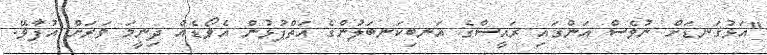
"އަޅުގަނޑަށް ނުވެސް އަންގައި ރައީސްގެ އަނބިކަނބަލުންގެ އަތްޕުޅުން އެވޯޑެއް ދިނީމަ ވަރަށް އުފާވޭ.